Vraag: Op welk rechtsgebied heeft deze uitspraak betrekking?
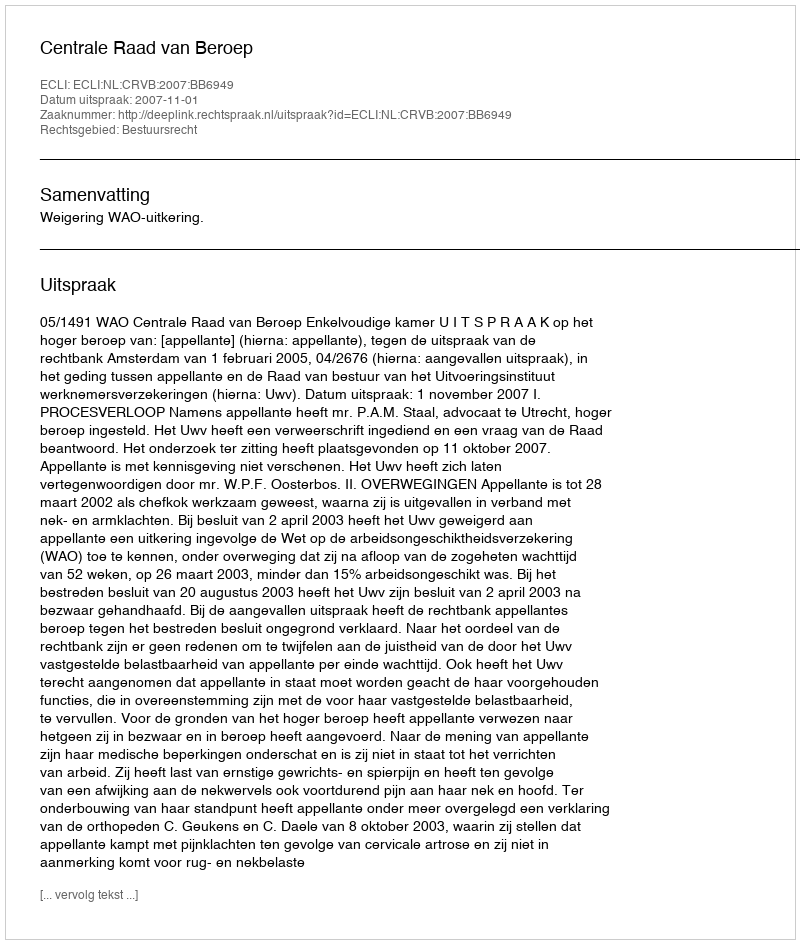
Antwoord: Bestuursrecht